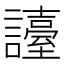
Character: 𧭏